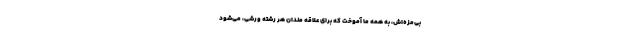
بی‌مزه‌اش، به همه ما آموخت که برای علاقه مندان هر رشته ورشی، می‌شود